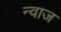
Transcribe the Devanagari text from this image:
न्वाज